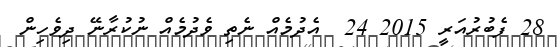
28 ފެބުރުއަރީ 2015 24  އެދުމެއް ނެތި ވެދުމެއް ނުކުރާނޭ ދިވެހިން